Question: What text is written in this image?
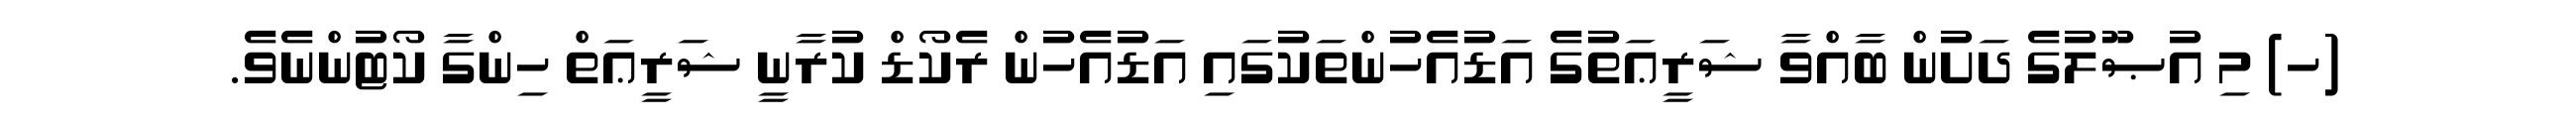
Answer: (ހ) މި އުޞޫލުގެ ދަށުން ބާއްވާ ޝަރީޢަތުގެ އަޑުއެހުންތަކުގައި އަޑުއެހުން ރެކޯޑް ކުރާނީ ޝަރީޢަތް ހިންގާ ކޯޓުންނެވެ.